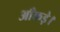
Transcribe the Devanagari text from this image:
आँकड़े।